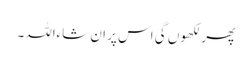
پھر لکھوں گی اس پر ان شاءاللہ۔